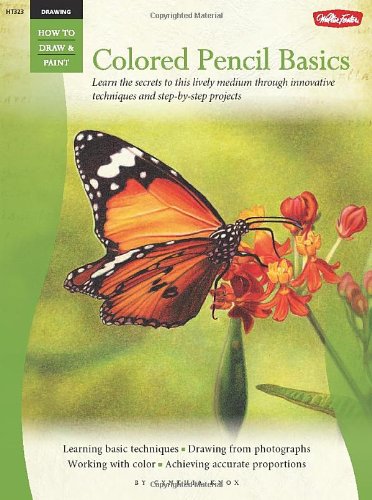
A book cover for Drawing: Colored Pencil Basics (How to Draw & Paint); Cynthia Knox; Arts & Photography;